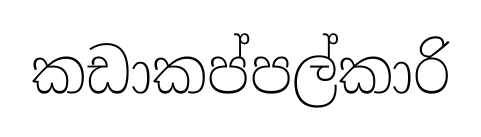
කඩාකප්පල්කාරි